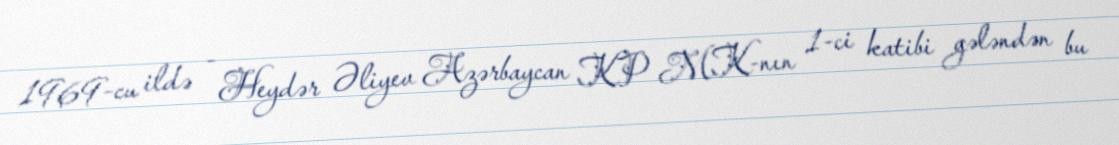
1969-cu ildə - Heydər Əliyev Azərbaycan KP MK-nın 1-ci katibi gələndən bu